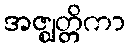
အဇ္ဈတ္တိကာ